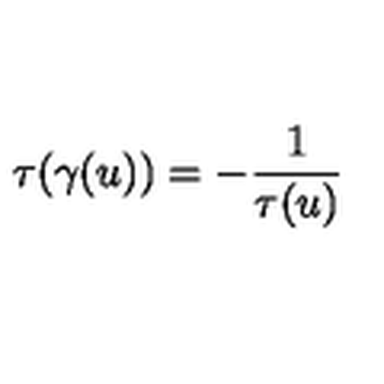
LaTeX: \tau ( \gamma ( u ) ) = - \frac { 1 } { \tau ( u ) }